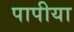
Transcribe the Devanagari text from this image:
पापीया